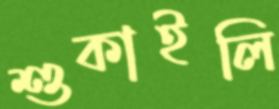
শুকাইলি